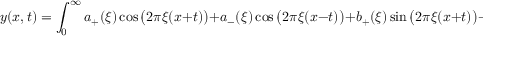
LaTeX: y ( x , t ) = \int _ { 0 } ^ { \infty } a _ { + } ( \xi ) \cos { \bigl ( } 2 \pi \xi ( x + t ) { \bigr ) } + a _ { - } ( \xi ) \cos { \bigl ( } 2 \pi \xi ( x - t ) { \bigr ) } + b _ { + } ( \xi ) \sin { \bigl ( } 2 \pi \xi ( x + t ) { \bigr ) } + b _ { - } ( \xi ) \sin \left( 2 \pi \xi ( x - t ) \right) \, d \xi